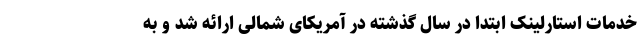
خدمات استارلینک ابتدا در سال گذشته در آمریکای شمالی ارائه شد و به